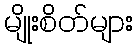
မျိုးစိတ်များ